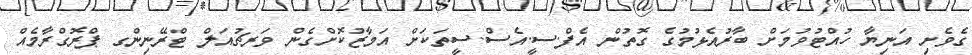
ގެވެށި އަނިޔާ ހުއްޓުވުމަށް ބާރުއެޅުމުގެ ގޮތުން އެފް.ސީ.އެސް.ސީތަކަށް އަމާޒުކޮށްގެން ވަރޗުއަލް ޓްރޭނިންގ ޕްރޮގްރާމެއް